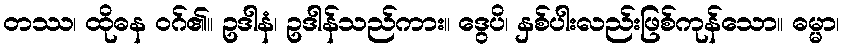
တဿ၊ ထိုဓန ဝဂ်၏။ ဥဒါနံ၊ ဥဒါန်သည်ကား။ ဒွေပိ၊ နှစ်ပါးလည်းဖြစ်ကုန်သော။ ဓမ္မာ၊